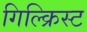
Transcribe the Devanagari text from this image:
गिल्क्रिस्ट